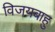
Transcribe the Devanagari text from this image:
विजयबाहु